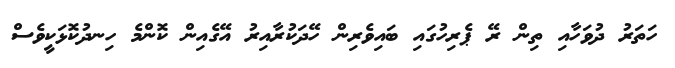
ހަތަރު ދުވަހާއި ތިން ރޭ ޕެރިހުގައި ބައިވެރިން ހޭދަކުރާއިރު އޭގެއިން ކޮންމެ ހިނދުކޮޅަކީވެސް